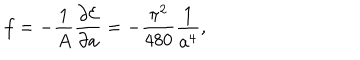
f = - { \frac { 1 } { A } } { \frac { \partial { \cal E } } { \partial a } } = - { \frac { \pi ^ { 2 } } { 4 8 0 } } { \frac { 1 } { a ^ { 4 } } } ,